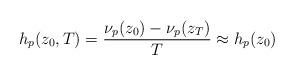
LaTeX: \begin{align*}h_p(z_0,T)= \frac{\nu_p(z_0)-\nu_p(z_T)}{T} \approx h_p(z_0)\end{align*}